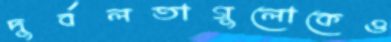
দুর্বলতাগুলোকেও